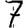
Digit: 7